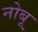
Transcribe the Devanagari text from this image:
नोबू